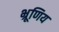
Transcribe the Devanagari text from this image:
भ्रूणिय